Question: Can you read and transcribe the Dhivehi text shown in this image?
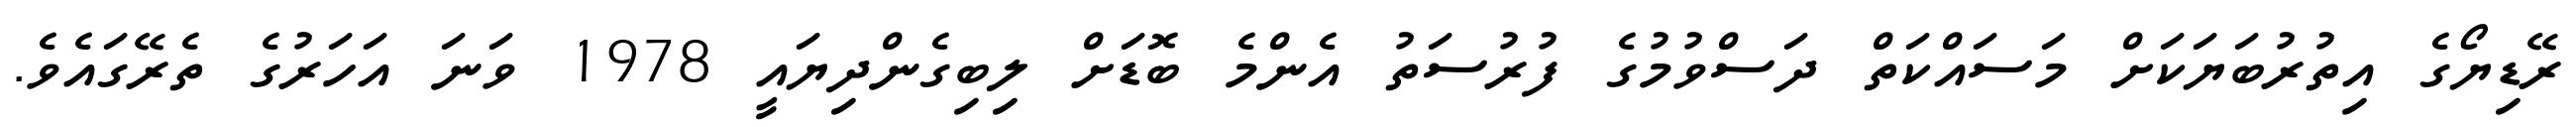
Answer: ރޭޑިޔޯގެ އިތުރުބަޔަކަށް މަސައްކަތް ދަސްވުމުގެ ފުރުސަތު އެންމެ ބޮޑަށް ލިބިގެންދިޔައީ 1978 ވަނަ އަހަރުގެ ތެރޭގައެވެ.